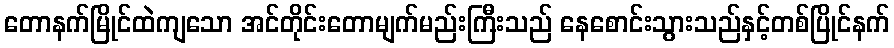
တောနက်မြိုင်ထဲကျသော အင်တိုင်းတောမျက်မည်းကြီးသည် နေစောင်းသွားသည်နှင့်တစ်ပြိုင်နက်